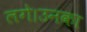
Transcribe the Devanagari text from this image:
लगे।उनका